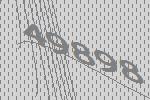
49898